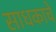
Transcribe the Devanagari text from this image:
साधकाचे